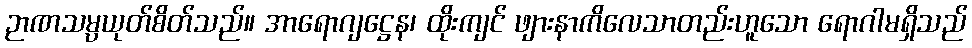
ဉာဏသမ္ပယုတ်စိတ်သည်။ အာရောဂျဋ္ဌေန၊ ထိုးကျင် ဖျားနာကိလေသာတည်းဟူသော ရောဂါမရှိသည်